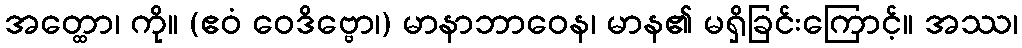
အတ္ထော၊ ကို။ (ဧဝံ ဝေဒိဗ္ဗော၊) မာနာဘာဝေန၊ မာန၏ မရှိခြင်းကြောင့်။ အဿ၊